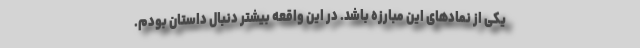
یکی از نمادهای این مبارزه باشد. در این واقعه بیشتر دنبال داستان بودم.